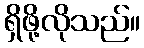
ရှိဖို့လိုသည်။